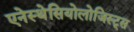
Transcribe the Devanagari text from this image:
एनेस्थेसियोलोजिस्ट्स